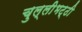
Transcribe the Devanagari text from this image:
चुल्लीभट्ठी